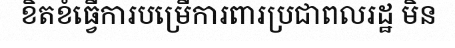
ខិតខំធ្វើការបម្រើការពារប្រជាពលរដ្ឋ មិន